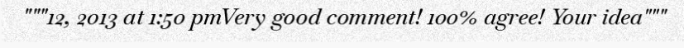
"""12, 2013 at 1:50 pmVery good comment! 100% agree! Your idea"""